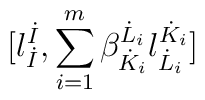
\lbrack l^{\dot{I}}_{\dot{I}}, \sum_{i=1}^m \beta^{\dot{L}_i}_{\dot{K}_i} l^{\dot{K}_i}_{\dot{L}_i} \rbrack